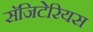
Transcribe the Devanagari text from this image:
सॅजिटेरियस